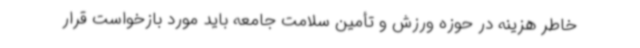
خاطر هزینه در حوزه ورزش و تأمین سلامت جامعه باید مورد بازخواست قرار